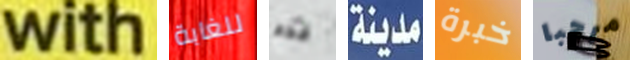
with للغابة قدم مدينة خبرة مرحبا